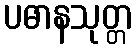
ပဓာနသုတ္တ